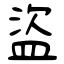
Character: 盜